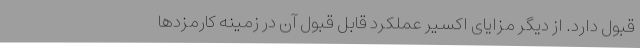
قبول دارد. از دیگر مزایای اکسیر عملکرد قابل قبول آن در زمینه کارمزدها